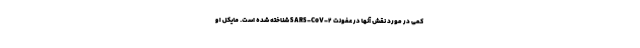
کمی در مورد نقش آنها در عفونت SARS-CoV-۲ شناخته شده است. مایکل او